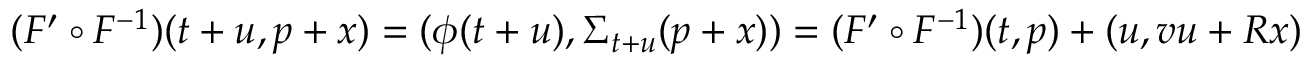
( F ^ { \prime } \circ F ^ { - 1 } ) ( t + u , p + x ) = ( \phi ( t + u ) , \Sigma _ { t + u } ( p + x ) ) = ( F ^ { \prime } \circ F ^ { - 1 } ) ( t , p ) + ( u , v u + R x )